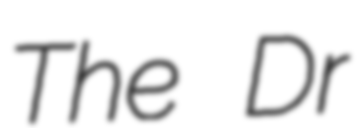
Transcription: The Dr